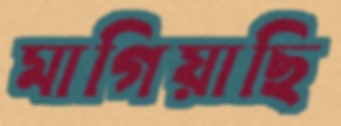
মাগিয়াছি